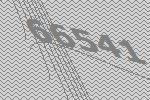
66541